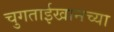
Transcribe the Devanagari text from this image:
चुगताईखानच्या